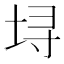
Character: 𫭯